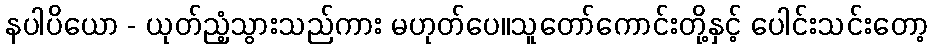
နပါပိယော - ယုတ်ညံ့သွားသည်ကား မဟုတ်ပေ။သူတော်ကောင်းတို့နှင့် ပေါင်းသင်းတော့